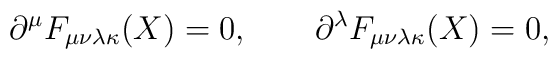
\partial^\mu F_{\mu\nu\lambda\kappa}(X)=0, \qquad\partial^\lambda F_{\mu\nu\lambda\kappa}(X)=0,